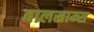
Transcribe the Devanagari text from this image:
बालसाम्स